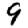
Digit: 9